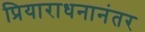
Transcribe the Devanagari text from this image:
प्रियाराधनानंतर